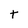
Character: t